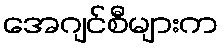
အေဂျင်စီများက